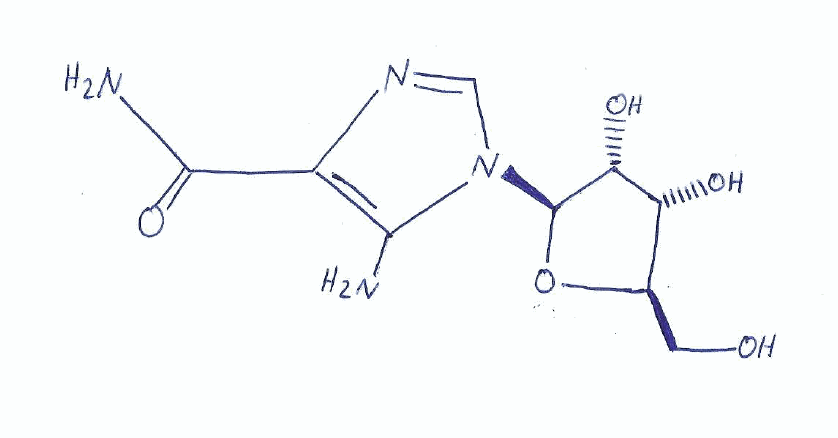
Simplified molecular-input line-entry system (SMILES) notation of the given molecule:
C1=NC(=C(N1[C@H]2[C@@H]([C@@H]([C@H](O2)CO)O)O)N)C(=O)N